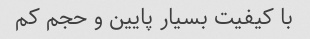
با کیفیت بسیار پایین و حجم کم